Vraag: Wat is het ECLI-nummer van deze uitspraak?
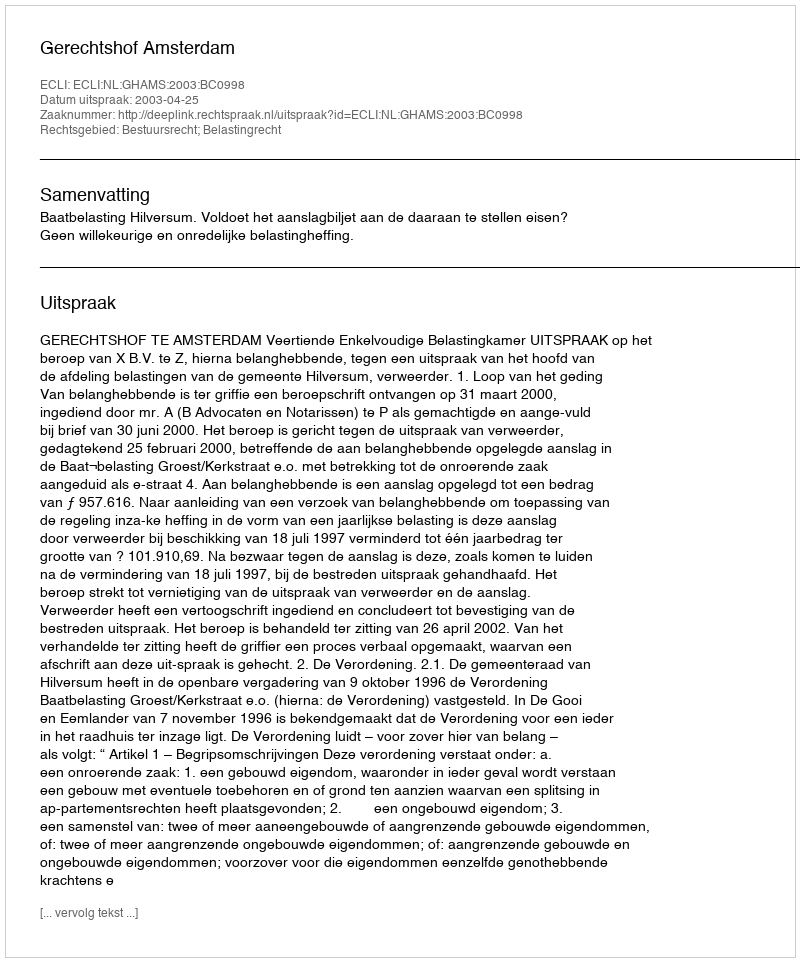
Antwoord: ECLI:NL:GHAMS:2003:BC0998